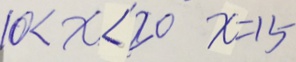
1 0 < x < 2 0 x = 1 5